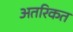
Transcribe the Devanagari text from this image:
अतरिकत